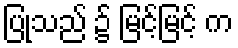
ပြုသည် ၌ မြင့်မြင့် က